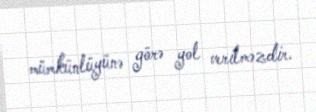
mümkünlüyünə görə yol verilməzdir.